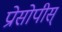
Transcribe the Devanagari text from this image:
प्रोसोपीस्